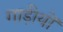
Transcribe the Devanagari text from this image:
गाड़ीयों